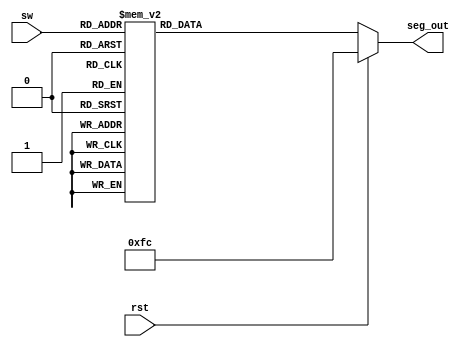
`timescale 1ns / 1ps
//////////////////////////////////////////////////////////////////////////////////
// Company: 
// Engineer: 
// 
// Design Name: 
// Module Name: light_7seg_ego
// Project Name: 
// Target Devices: 
// Tool Versions: 
// Description: 
// 
// Dependencies: 
// 
// Revision:
// Revision 0.01 - File Created
// Additional Comments:
// 
//////////////////////////////////////////////////////////////////////////////////


module light_7seg_ego(input [3:0]sw,output reg [7:0] seg_out, input rst);

    always @ * 

            if(rst)begin
            seg_out = 8'b1111_1100;
            end
            else begin
                case(sw)
            4'h0: seg_out = 8'b1111_1100; //0
            4'h1: seg_out = 8'b0110_0000; //1
            4'h2: seg_out = 8'b1101_1010; //2
            4'h3: seg_out = 8'b1111_0010; //3
            4'h4: seg_out = 8'b0110_0110; //4
            4'h5: seg_out = 8'b1011_0110; //5
            4'h6: seg_out = 8'b1011_1110; //6
            4'h7: seg_out = 8'b1110_0000; //7
            4'h8: seg_out = 8'b1111_1110; //8
            4'h9: seg_out = 8'b1110_0110; //9
            4'ha: seg_out = 8'b1110_1110; //A
            4'hb: seg_out = 8'b0011_1110; //B
            4'hc: seg_out = 8'b1001_1100; //C
            4'hd: seg_out = 8'b0111_1010; //D
            4'he: seg_out = 8'b1001_1110; //E
            4'hf: seg_out = 8'b1000_1110; //F
            default: seg_out = 8'b0000_0001;
        endcase    
            end
endmodule